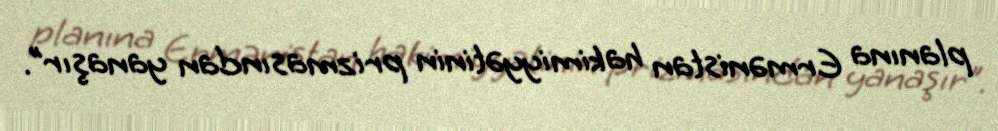
planına Ermənistan hakimiyyətinin prizmasından yanaşır”.